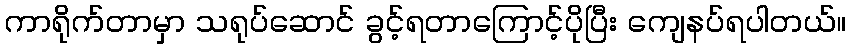
ကာရိုက်တာမှာ သရုပ်ဆောင် ခွင့်ရတာကြောင့်ပိုပြီး ကျေနပ်ရပါတယ်။